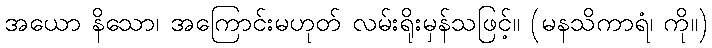
အယော နိသော၊ အကြောင်းမဟုတ် လမ်းရိုးမှန်သဖြင့်။ (မနသိကာရံ၊ ကို။)